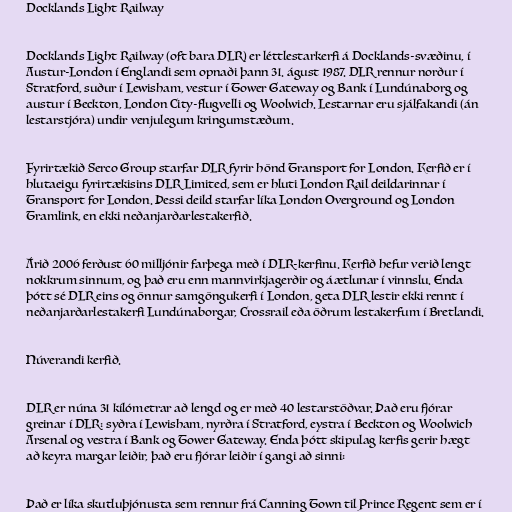
Docklands Light Railway

Docklands Light Railway (oft bara DLR) er léttlestarkerfi á Docklands-svæðinu, í
Austur-London í Englandi sem opnaði þann 31. águst 1987. DLR rennur norður í
Stratford, suður í Lewisham, vestur í Tower Gateway og Bank í Lundúnaborg og
austur í Beckton, London City-flugvelli og Woolwich. Lestarnar eru sjálfakandi (án
lestarstjóra) undir venjulegum kringumstæðum.

Fyrirtækið Serco Group starfar DLR fyrir hönd Transport for London. Kerfið er í
hlutaeigu fyrirtækisins DLR Limited, sem er hluti London Rail deildarinnar í
Transport for London. Þessi deild starfar líka London Overground og London
Tramlink, en ekki neðanjarðarlestakerfið.

Árið 2006 ferðust 60 milljónir farþega með í DLR-kerfinu. Kerfið hefur verið lengt
nokkrum sinnum, og það eru enn mannvirkjagerðir og áætlunar í vinnslu. Enda
þótt sé DLR eins og önnur samgöngukerfi í London, geta DLR lestir ekki rennt í
neðanjarðarlestakerfi Lundúnaborgar, Crossrail eða öðrum lestakerfum í Bretlandi.

Núverandi kerfið.

DLR er núna 31 kílómetrar að lengd og er með 40 lestarstöðvar. Það eru fjórar
greinar í DLR: syðra í Lewisham, nyrðra í Stratford, eystra í Beckton og Woolwich
Arsenal og vestra í Bank og Tower Gateway. Enda þótt skipulag kerfis gerir hægt
að keyra margar leiðir, það eru fjórar leiðir í gangi að sinni:

Það er líka skutluþjónusta sem rennur frá Canning Town til Prince Regent sem er í